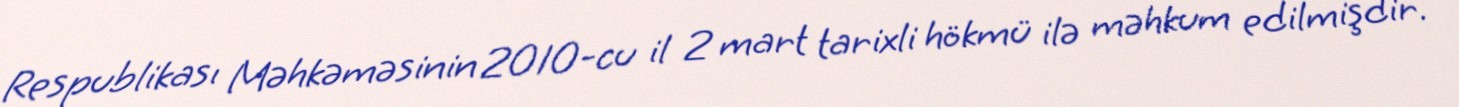
Respublikası Məhkəməsinin 2010-cu il 2 mart tarixli hökmü ilə məhkum edilmişdir.